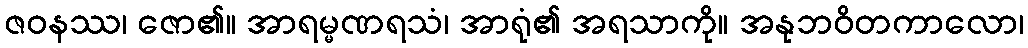
ဇဝနဿ၊ ဇော၏။ အာရမ္မဏရသံ၊ အာရုံ၏ အရသာကို။ အနုဘဝိတကာလော၊